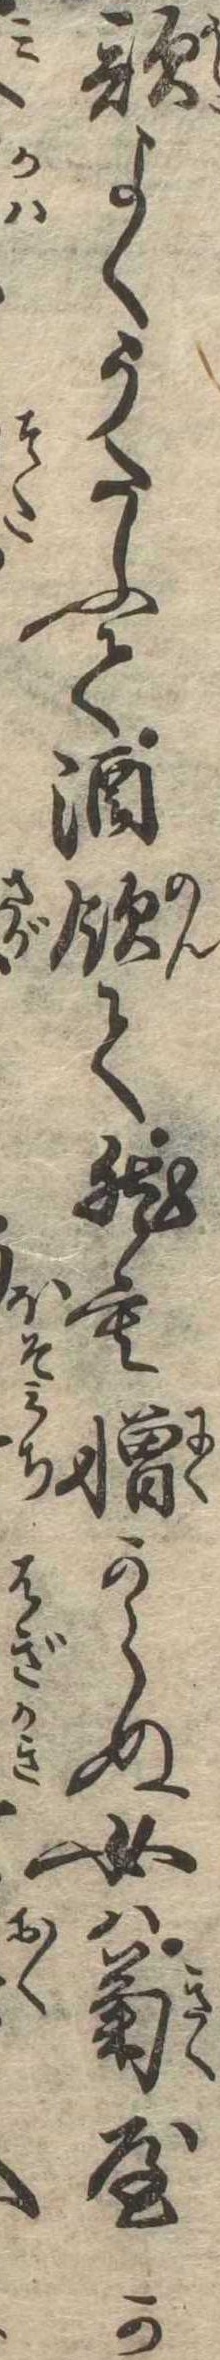
歌よくうたふて酒飲て然も憎からぬ女は菊屋か